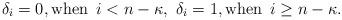
LaTeX: \begin{align*}\delta_{i}=0, {\mathrm{when}}\,\,\, i<n-\kappa,\,\,\delta_{i}=1,{\mathrm{when}}\,\,\, i \ge n-\kappa.\end{align*}